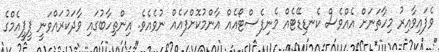
ވެފައިވާއިރު މިހާތަނަށް އެއްވެސް ކެނޑިޑޭޓެއް މެނިފެސްޓޯއެއް އާންމުކޮށްފައެއް ނުވެއެވެ. އިންތިހާބުގައި ވާދަކުރައްވަނީ ޕީޕީއެމްގެ